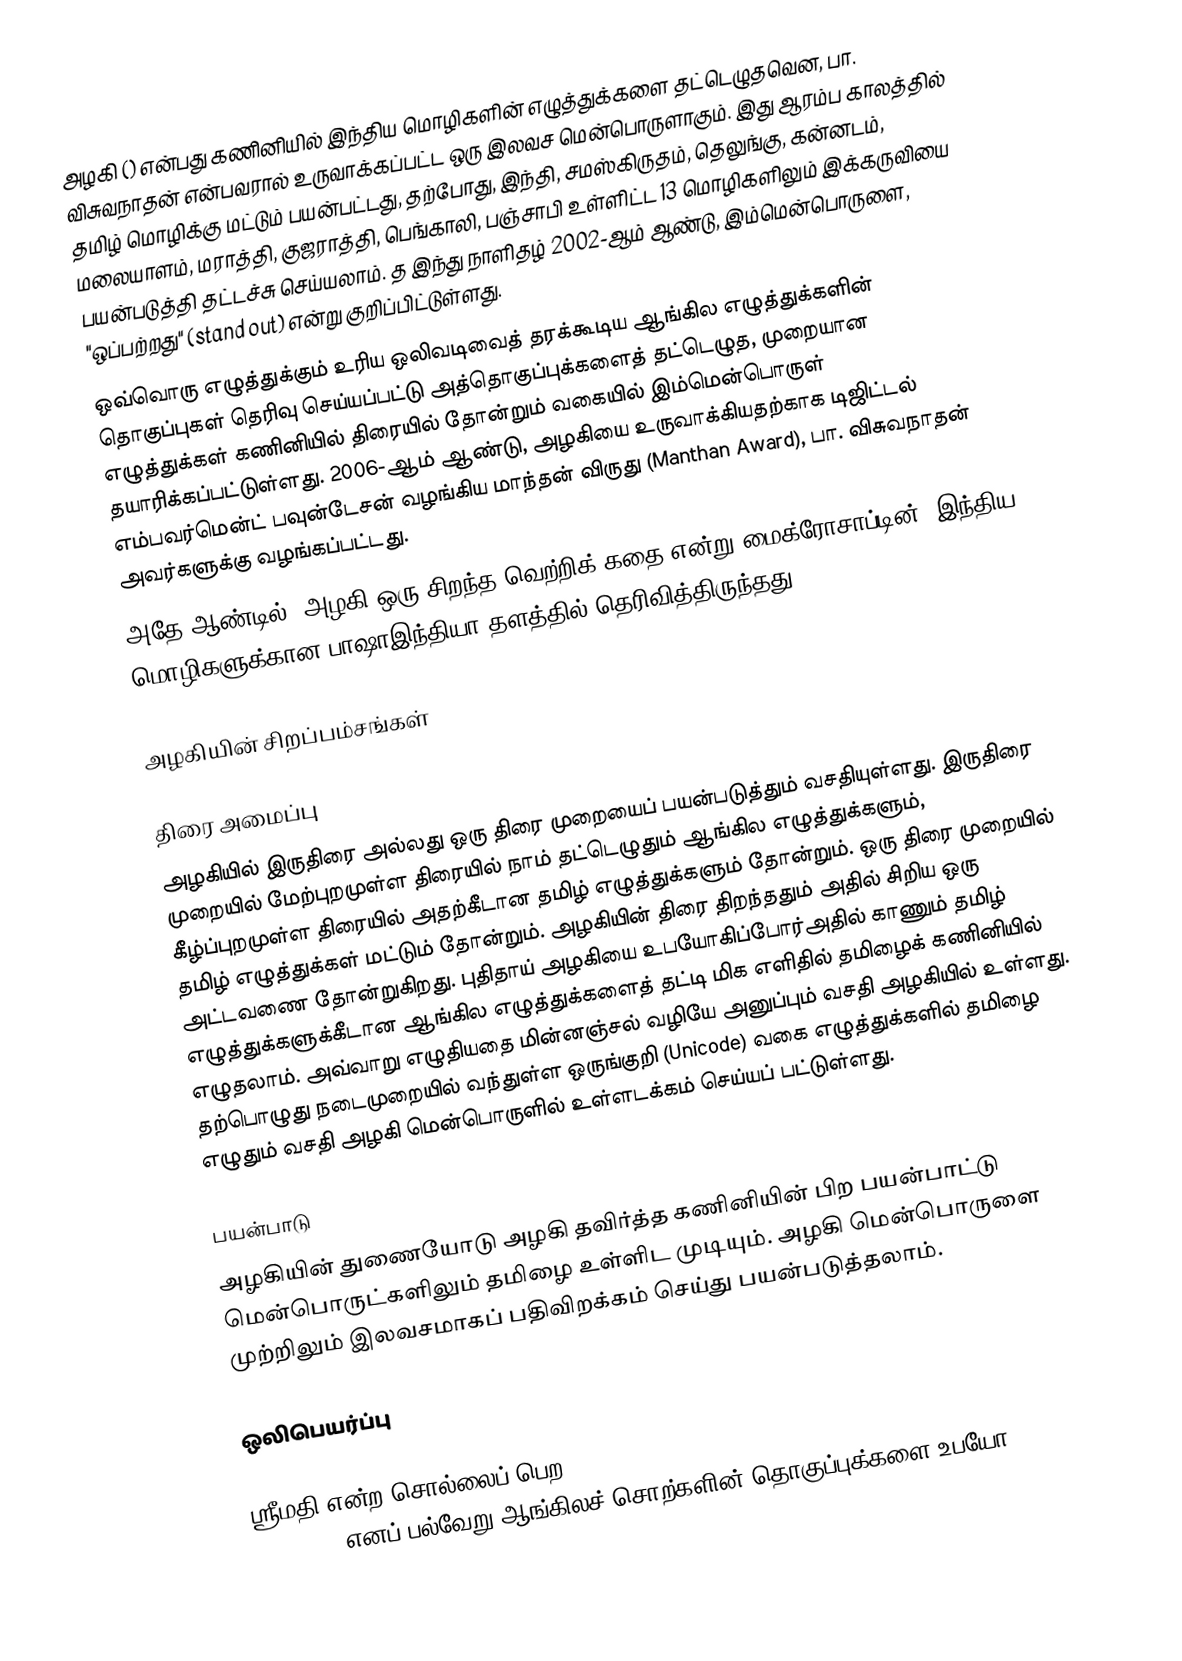
அழகி () என்பது கணினியில் இந்திய மொழிகளின் எழுத்துக்களை தட்டெழுதவென, பா. விசுவநாதன் என்பவரால் உருவாக்கப்பட்ட ஒரு இலவச மென்பொருளாகும். இது ஆரம்ப காலத்தில் தமிழ் மொழிக்கு மட்டும் பயன்பட்டது, தற்போது, இந்தி, சமஸ்கிருதம், தெலுங்கு, கன்னடம், மலையாளம், மராத்தி, குஜராத்தி, பெங்காலி, பஞ்சாபி உள்ளிட்ட 13 மொழிகளிலும் இக்கருவியை பயன்படுத்தி தட்டச்சு செய்யலாம். த இந்து நாளிதழ் 2002-ஆம் ஆண்டு, இம்மென்பொருளை, "ஒப்பற்றது" (stand out) என்று குறிப்பிட்டுள்ளது.
ஒவ்வொரு எழுத்துக்கும் உரிய ஒலிவடிவைத் தரக்கூடிய ஆங்கில எழுத்துக்களின் தொகுப்புகள் தெரிவு செய்யப்பட்டு அத்தொகுப்புக்களைத் தட்டெழுத, முறையான எழுத்துக்கள் கணினியில் திரையில் தோன்றும் வகையில் இம்மென்பொருள் தயாரிக்கப்பட்டுள்ளது. 2006-ஆம் ஆண்டு, அழகியை உருவாக்கியதற்காக டிஜிட்டல் எம்பவர்மென்ட் பவுன்டேசன் வழங்கிய மாந்தன் விருது (Manthan Award), பா. விசுவநாதன் அவர்களுக்கு வழங்கப்பட்டது.
அதே ஆண்டில், அழகி ஒரு சிறந்த வெற்றிக் கதை என்று மைக்ரோசாப்டின், இந்திய மொழிகளுக்கான பாஷாஇந்தியா தளத்தில் தெரிவித்திருந்தது.

அழகியின் சிறப்பம்சங்கள்

திரை அமைப்பு
அழகியில் இருதிரை அல்லது ஒரு திரை முறையைப் பயன்படுத்தும் வசதியுள்ளது. இருதிரை முறையில் மேற்புறமுள்ள திரையில் நாம் தட்டெழுதும் ஆங்கில எழுத்துக்களும், கீழ்ப்புறமுள்ள திரையில் அதற்கீடான தமிழ் எழுத்துக்களும் தோன்றும். ஒரு திரை முறையில் தமிழ் எழுத்துக்கள் மட்டும் தோன்றும். அழகியின் திரை திறந்ததும் அதில் சிறிய ஒரு அட்டவணை தோன்றுகிறது. புதிதாய் அழகியை உபயோகிப்போர்அதில் காணும் தமிழ் எழுத்துக்களுக்கீடான ஆங்கில எழுத்துக்களைத் தட்டி மிக எளிதில் தமிழைக் கணினியில் எழுதலாம். அவ்வாறு எழுதியதை மின்னஞ்சல் வழியே அனுப்பும் வசதி அழகியில் உள்ளது. தற்பொழுது நடைமுறையில் வந்துள்ள ஒருங்குறி (Unicode) வகை எழுத்துக்களில் தமிழை எழுதும் வசதி அழகி மென்பொருளில் உள்ளடக்கம் செய்யப் பட்டுள்ளது.

பயன்பாடு
அழகியின் துணையோடு அழகி தவிர்த்த கணினியின் பிற பயன்பாட்டு மென்பொருட்களிலும் தமிழை உள்ளிட முடியும். அழகி மென்பொருளை முற்றிலும் இலவசமாகப் பதிவிறக்கம் செய்து பயன்படுத்தலாம்.

ஒலிபெயர்ப்பு

ஸ்ரீமதி என்ற சொல்லைப் பெற, srimathi, sreemathi, shrimathi, shreemathi, srimadhi, shrimadhi எனப் பல்வேறு ஆங்கிலச் சொற்களின் தொகுப்புக்களை உபயோ